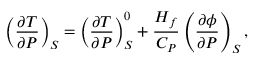
\left( \frac { \partial T } { \partial P } \right) _ { S } = \left( \frac { \partial T } { \partial P } \right) _ { S } ^ { 0 } + \frac { H _ { f } } { C _ { P } } \left( \frac { \partial \phi } { \partial P } \right) _ { S } ,